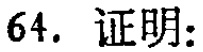
64. 证明: